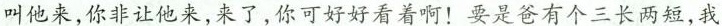
叫他来,你非让他来,来了,你可好好看着啊!要是爸有个三长两短,我